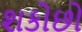
શકોછો